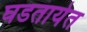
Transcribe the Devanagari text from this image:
घडतायेत